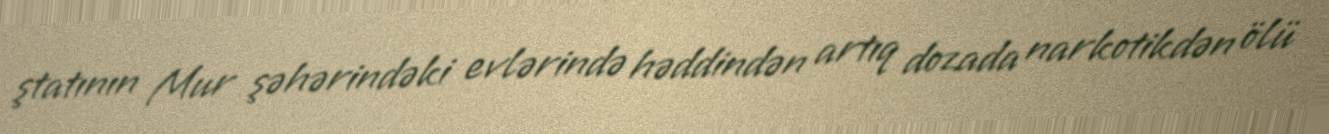
ştatının Mur şəhərindəki evlərində həddindən artıq dozada narkotikdən ölü